Vaccine operations Central Provinces 1886-1899 - 1886-1899
Year: 1886
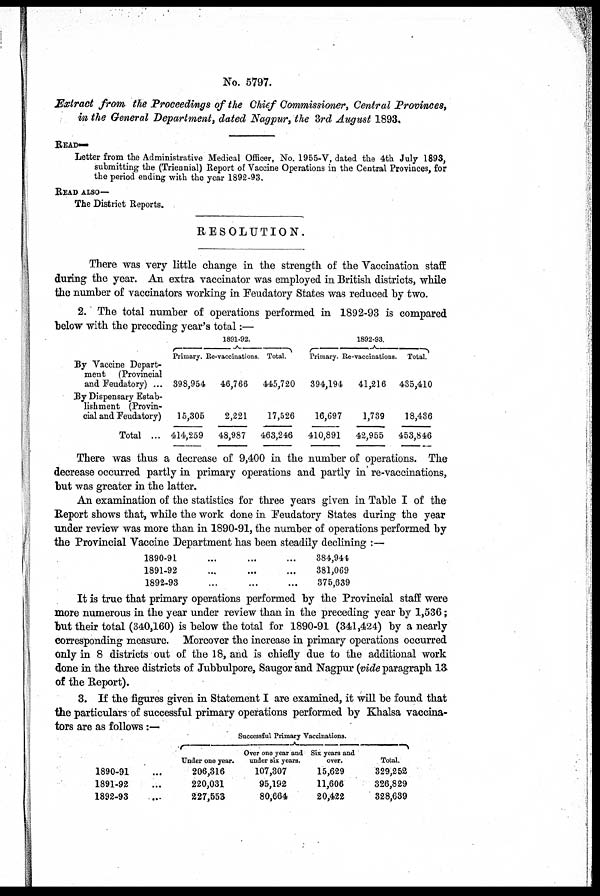
No. 5797.
Extract from the Proceedings of the Chief Commissioner, Central Provinces,
in the General Department, dated Nagpur, the 3rd August 1893.
READ—
Letter from the Administrative Medical Officer, No. 1955-V, dated the 4th July 1893,
submitting the (Triennial) Report of Vaccine Operations in the Central Provinces, for
the period ending with the year 1892-93.
READ ALSO—
The District Reports.
RESOLUTION.
There was very little change in the strength of the Vaccination staff
during the year. An extra vaccinator was employed in British districts, while
the number of vaccinators working in Feudatory States was reduced by two.
2. The total number of operations performed in 1892-93 is compared
below with the preceding year's total:—
By Vaccine Depart-
ment (Provincial
and Feudatory) ...
By Dispensary Estab-
lishment (Provin-
cial and Feudatory)
Total ...
1891-92.
Primary.
398,954
15,305
414,259
Re-vaccinations.
46,766
2,221
48,987
Total.
445,720
17,526
463,246
1892-93.
Primary.
394,194
16,697
410,891
Re-vaccinations.
41,216
1,739
42,955
Total.
435,410
18,436
453,846
There was thus a decrease of 9,400 in the number of operations. The
decrease occurred partly in primary operations and partly in re-vaccinations,
but was greater in the latter.
An examination of the statistics for three years given in Table I of the
Report shows that, while the work done in Feudatory States during the year
under review was more than in 1890-91, the number of operations performed by
the Provincial Vaccine Department has been steadily declining :—
1890-91 ...
1891-92 ...
1892-93 ...
384,944
381,069
375,639
It is true that primary operations performed by the Provincial staff were
more numerous in the year under review than in the preceding year by 1,536;
but their total (340,160) is below the total for 1890-91 (341,424) by a nearly
corresponding measure. Moreover the increase in primary operations occurred
only in 8 districts out of the 18, and is chiefly due to the additional work
done in the three districts of Jubbulpore, Saugor and Nagpur (vide paragraph 13
of the Report).
3. If the figures given in Statement I are examined, it will be found that
the particulars of successful primary operations performed by Khalsa vaccina-
tors are as follows:—
1890-91 ...
1891-92 ...
1892-93 ...
Successful Primary Vaccinations.
Under one year.
206,316
220,031
227,553
Over one year and
under six years.
107,307
95,192
80,664
Six years and
over.
15,629
11,606
20,422
Total.
329,252
326,829
328,639